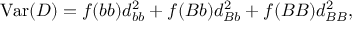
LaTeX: \mathrm { V a r } ( D ) = f ( b b ) d _ { b b } ^ { 2 } + f ( B b ) d _ { B b } ^ { 2 } + f ( B B ) d _ { B B } ^ { 2 } ,